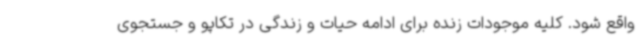
واقع شود. کلیه موجودات زنده برای ادامه حیات و زندگی در تکاپو و جستجوی